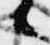
候